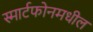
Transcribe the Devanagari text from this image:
स्मार्टफोनमधील